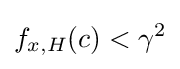
f_{x,H}(c)<\gamma ^{2}